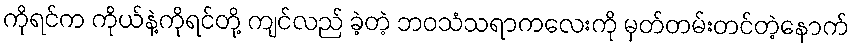
ကိုရင်က ကိုယ်နဲ့ကိုရင်တို့ ကျင်လည် ခဲ့တဲ့ ဘဝသံသရာကလေးကို မှတ်တမ်းတင်တဲ့နောက်